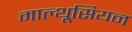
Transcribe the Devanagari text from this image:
माल्थूसियन